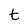
Character: t